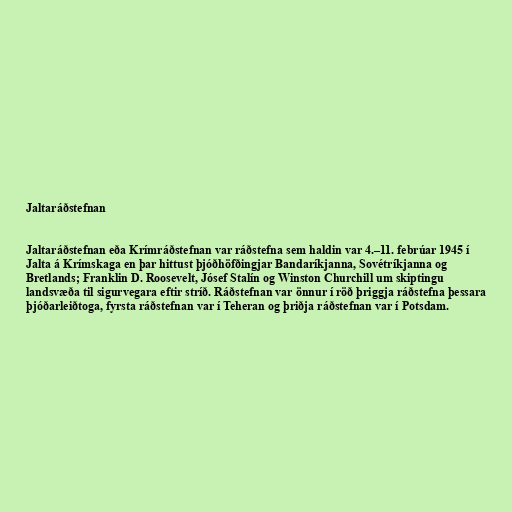
Jaltaráðstefnan

Jaltaráðstefnan eða Krímráðstefnan var ráðstefna sem haldin var 4.–11. febrúar 1945 í
Jalta á Krímskaga en þar hittust þjóðhöfðingjar Bandaríkjanna, Sovétríkjanna og
Bretlands; Franklin D. Roosevelt, Jósef Stalín og Winston Churchill um skiptingu
landsvæða til sigurvegara eftir stríð. Ráðstefnan var önnur í röð þriggja ráðstefna þessara
þjóðarleiðtoga, fyrsta ráðstefnan var í Teheran og þriðja ráðstefnan var í Potsdam.